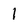
Character: 1